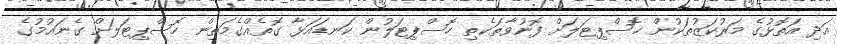
އަދި އަތޮޅުގެ މަރުކަޒުތަކުން ހޮސްޕިޓަލަށް ފޮނުވާތަކެތި ހޮސްޕިޓަލުން ކަނޑައަޅާ ގޮތެއްގެމަތިން ހޮސްޕިޓަލަށް ގެނައުމުގެ